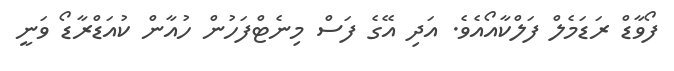
ފޯވާޑް ރަޑަމެލް ފަލްކާއޯއެވެ. އަދި އޭގެ ފަސް މިނެޓްފަހުން ހުއާން ކުއަޑްރާޑޯ ވަނީ